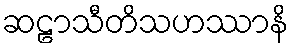
ဆဠာသီတိသဟဿာနိ